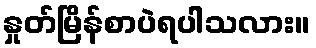
နှုတ်မြိန်စာပဲရပါသလား။